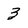
Character: 3